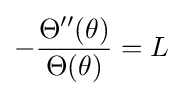
-{\frac {\Theta ''(\theta )}{\Theta (\theta )}}=L